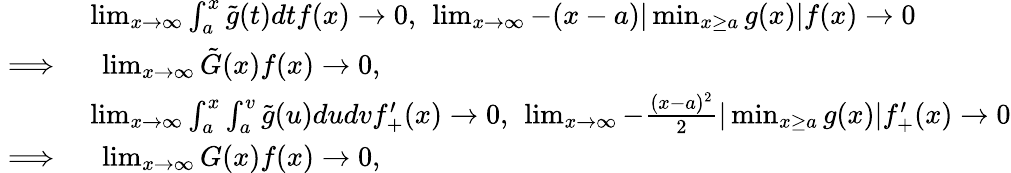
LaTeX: \begin{array}{rl}&{\operatorname*{lim}_{x\rightarrow\infty}\int_{a}^{x}\tilde{g}(t)dtf(x)\rightarrow 0,\ \operatorname*{lim}_{x\rightarrow\infty}-(x-a)|\operatorname*{min}_{x\geq a}g(x)|f(x)\rightarrow 0}\\ {\implies}&{\ \operatorname*{lim}_{x\rightarrow\infty}\tilde{G}(x)f(x)\rightarrow 0,}\\ &{\operatorname*{lim}_{x\rightarrow\infty}\int_{a}^{x}\int_{a}^{v}\tilde{g}(u)dudvf_{+}^{\prime}(x)\rightarrow 0,\ \operatorname*{lim}_{x\rightarrow\infty}-\frac{(x-a)^{2}}{2}|\operatorname*{min}_{x\geq a}g(x)|f_{+}^{\prime}(x)\rightarrow 0}\\ {\implies}&{\ \operatorname*{lim}_{x\rightarrow\infty}G(x)f(x)\rightarrow 0,}\end{array}